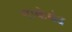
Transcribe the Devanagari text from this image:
नाकेबंद